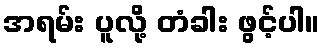
အရမ်း ပူလို့ တံခါး ဖွင့်ပါ။